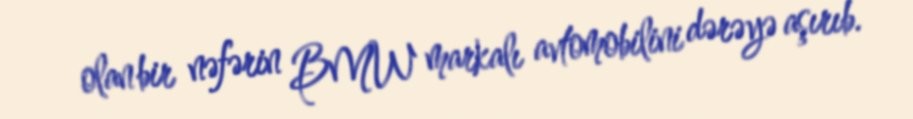
olan bir nəfərin BMW markalı avtomobilini dərəyə aşırıb.